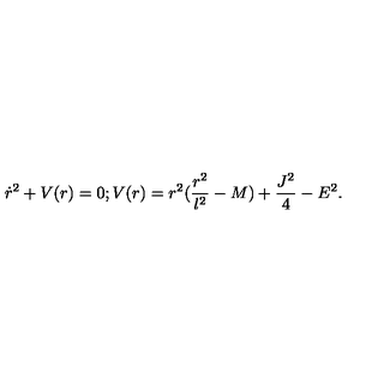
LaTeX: \dot { r } ^ { 2 } + V ( r ) = 0 ; V ( r ) = r ^ { 2 } ( \frac { r ^ { 2 } } { l ^ { 2 } } - M ) + \frac { J ^ { 2 } } { 4 } - E ^ { 2 } .